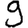
Digit: 9